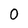
Character: 0